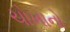
ચોખાનો